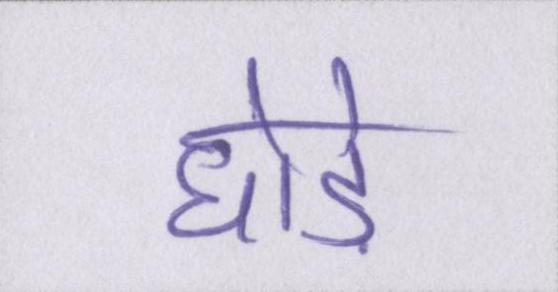
घोड़े